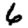
Digit: 6